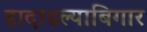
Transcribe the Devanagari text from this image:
हादाडल्याबिगार